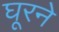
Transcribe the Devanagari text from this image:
घूरने